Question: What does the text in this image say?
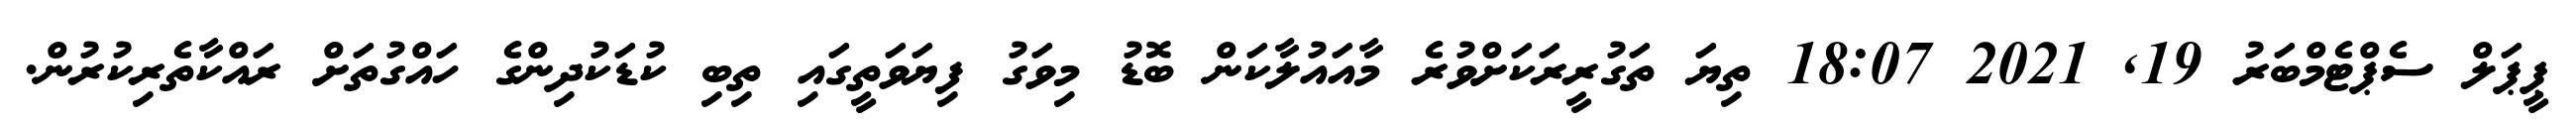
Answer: ޕީޕަލް ސެޕްޓެމްބަރު 19, 2021 18:07 ތިޔަ ތަގުރީރަކަށްވުރެ މާއައުލާކަން ބޮޑު މިވަގު ފިޔަވަތީގައި ތިބި ކުޑަކުދިންގެ ހައްގުތަށް ރައްކާތެރިކުރުން.